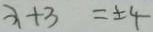
x + 3 = \pm 4